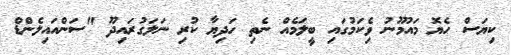
ކިޔަސް ހެޔޮ މައުމޫނު ވެިކަމުގައި ބީލަމެއް ނެތި ހަދިޔާ ކުރި ނަލަގުރައިދޫ "ސަންއައިލެންޑް